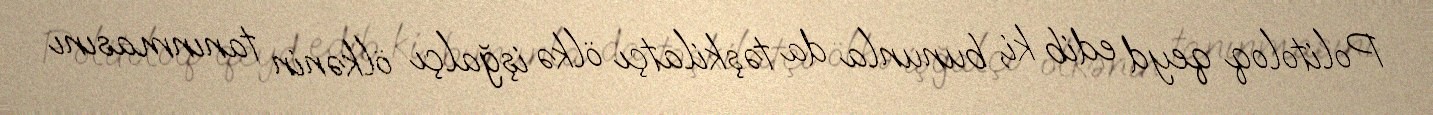
Politoloq qeyd edib ki, bununla da təşkilatçı ölkə işğalçı ölkənin tanınmasını